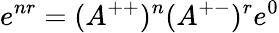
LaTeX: e^{nr}=(A^{++})^{n}(A^{+-})^{r}e^{0}